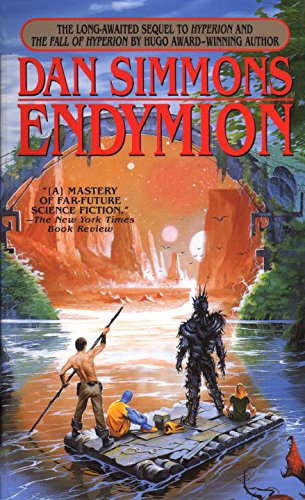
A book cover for Endymion (Hyperion); Dan Simmons; Science Fiction & Fantasy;